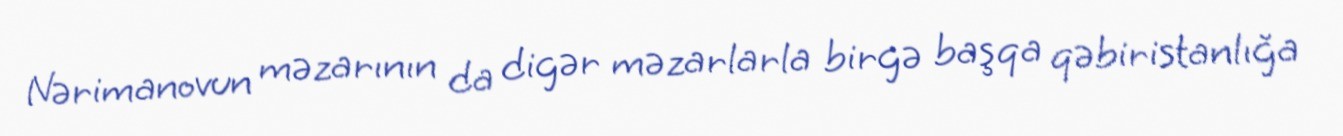
Nərimanovun məzarının da digər məzarlarla birgə başqa qəbiristanlığa